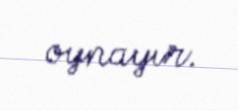
oynayır.